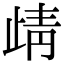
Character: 𭭦